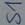
Text: S1